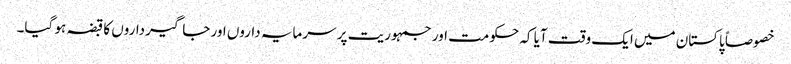
خصوصاً پاکستان میں ایک وقت آیا کہ حکومت اور جمہوریت پر سرمایہ داروں اور جاگیرداروں کا قبضہ ہو گیا۔